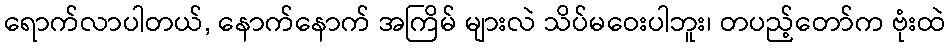
ရောက်လာပါတယ်, နောက်နောက် အကြိမ် များလဲ သိပ်မဝေးပါဘူး၊ တပည့်တော်က ဗုံးထဲ